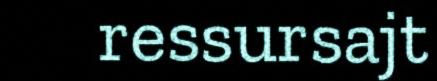
ressursajt